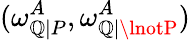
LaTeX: (\omega_{\mathbb{Q}|P}^{A},\omega_{\mathbb{Q}|\lnotP}^{A})